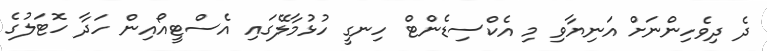
ދެ ދިވެހިންނަށް އަނިޔާވި މި އެކްސިޑެންޓް ހިނގީ ހުޅުމާލޭގައި އެސްޓީއޯއިން ހަދާ ހޮޓަލުގެ